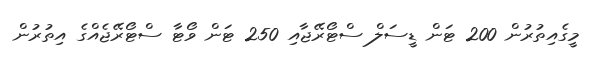
މީގެއިތުރުން 200 ޓަން ޑީސަލް ސްޓޯރޭޖާއި 250 ޓަން ވޯޓާ ސްޓޯރޭޖެއްގެ އިތުރުން